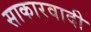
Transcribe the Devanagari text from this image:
साकारवादी